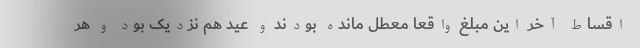
اقساط آخر این مبلغ واقعاً معطل مانده بودند و عید هم نزدیک بود و هر